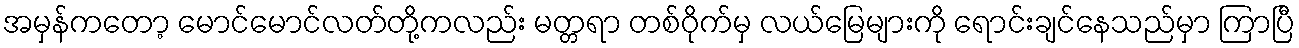
အမှန်ကတော့ မောင်မောင်လတ်တို့ကလည်း မတ္တရာ တစ်ဝိုက်မှ လယ်မြေများကို ရောင်းချင်နေသည်မှာ ကြာပြီ